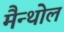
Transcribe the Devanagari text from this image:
मैन्थोल